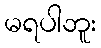
မရပါဘူး